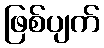
ဖြစ်ပျက်